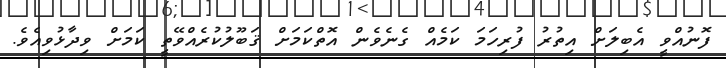
ފޮނުއްވީ އެބިލަށް އިތުރު ފުރިހަމަ ކަމެއް ގެނެވެން އޮތްކަމަށް ޤަބޫލުކުރެއްވޭތީ ކަމަށް ވިދާޅުވިއެވެ.